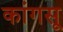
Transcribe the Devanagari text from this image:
कांगसू